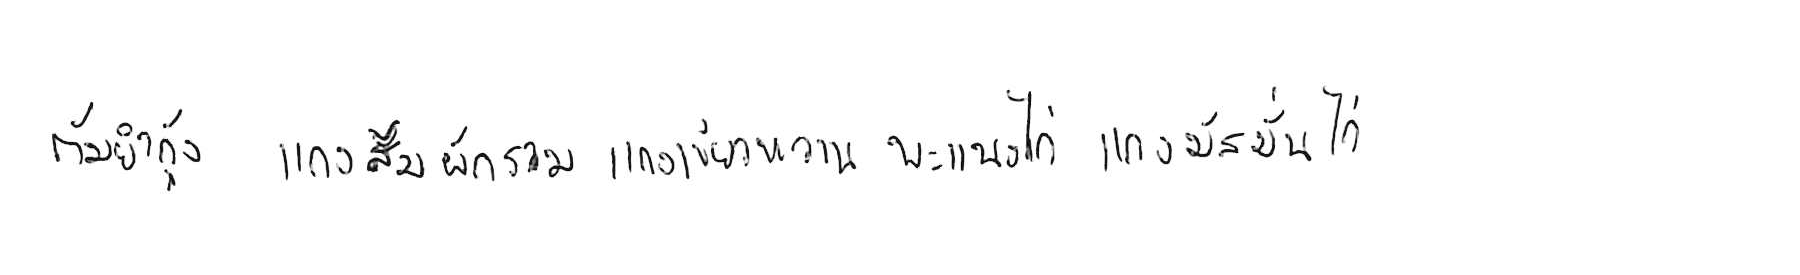
ต้มยำกุ้ง แกงส้มผักรวม แกงเขียวหวาน พะแนงไก่ แกงมัสมั่นไก่